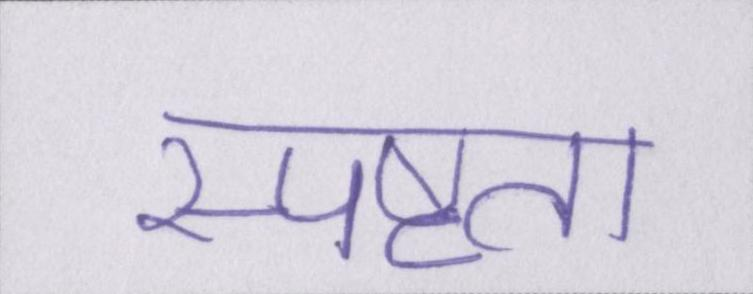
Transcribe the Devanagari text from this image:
स्पष्टता